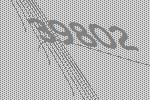
39802